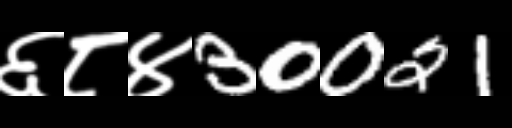
Text: ६८४30021